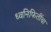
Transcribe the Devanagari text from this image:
ध्वनिफितींचा